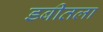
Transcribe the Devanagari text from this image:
डबीतला